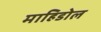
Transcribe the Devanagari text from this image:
माहिडोल